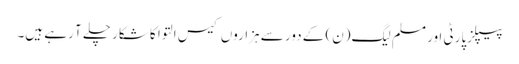
پیپلزپارٹی اور مسلم لیگ(ن) کے دور سے ہزاروں کیس التوا کا شکار چلے آ رہے ہیں۔